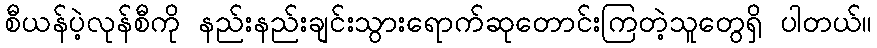
စီယန်ပဲ့လုန်စီကို နည်းနည်းချင်းသွားရောက်ဆုတောင်းကြတဲ့သူတွေရှိ ပါတယ်။